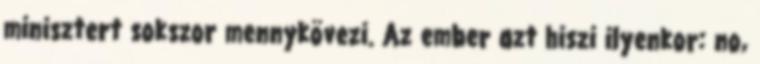
minisztert sokszor mennykövezi. Az ember azt hiszi ilyenkor: no,